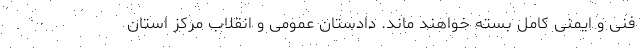
فنی و ایمنی کامل بسته خواهند ماند. دادستان عمومی و انقلاب مرکز استان